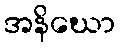
အနိဃော